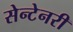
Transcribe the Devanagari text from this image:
सेन्टेनरी